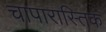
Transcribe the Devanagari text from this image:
चापारास्तिक